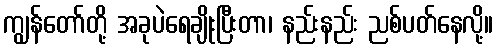
ကျွန်တော်တို့ အခုပဲရေချိုးပြီးတာ၊ နည်းနည်း ညစ်ပတ်နေလို့။